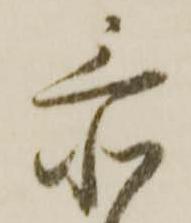
忝